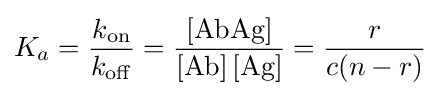
K_{a}={\frac {k_{{\ce {on}}}}{k_{{\ce {off}}}}}={\frac {{\ce {[AbAg]}}}{{\ce {[Ab] [Ag]}}}}={\frac {r}{c(n-r)}}